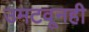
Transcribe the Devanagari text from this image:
उमटवूनही